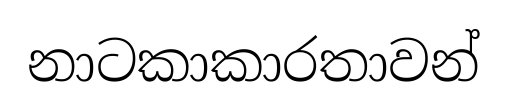
නාටකාකාරතාවන්